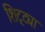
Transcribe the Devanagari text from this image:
शिट्ट्या